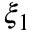
\xi _ { 1 }